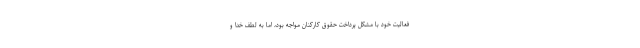
فعالیت خود با مشکل پرداخت حقوق کارکنان مواجه بود، اما به لطف خدا و